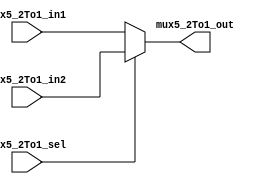
module Mux5_2To1
	(
		input [4:0] mux5_2To1_in1,
		input [4:0] mux5_2To1_in2,
		input mux5_2To1_sel,
		output [4:0] mux5_2To1_out
	);

	assign mux5_2To1_out = mux5_2To1_sel ? mux5_2To1_in2 : mux5_2To1_in1;

endmodule // Mux5_2To1